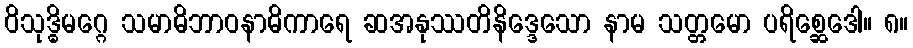
ဝိသုဒ္ဓိမဂ္ဂေ သမာဓိဘာဝနာဓိကာရေ ဆအနုဿတိနိဒ္ဒေသော နာမ သတ္တမော ပရိစ္ဆေဒေါ။ ၈။